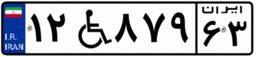
۱۲W۸۷۹۶۳